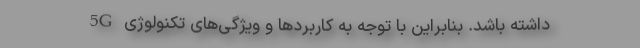
داشته باشد. بنابراین با توجه به کاربردها و ویژگی‌های تکنولوژی 5G